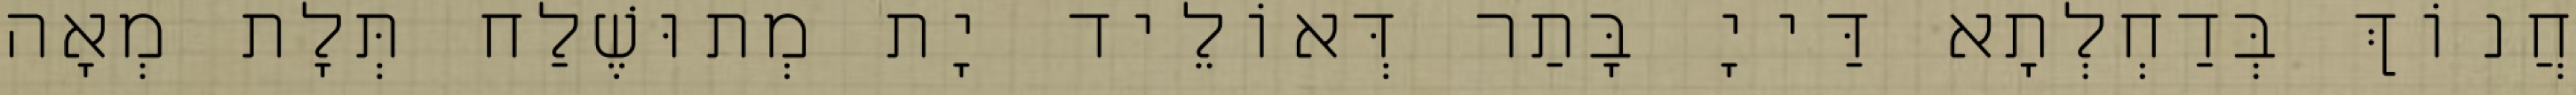
חֲנוֹךְ בְּדַחְלְתָא דַּייָ בָּתַר דְּאוֹלֵיד יָת מְתוּשֶׁלַח תְּלָת מְאָה